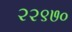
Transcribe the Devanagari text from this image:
२२९७०